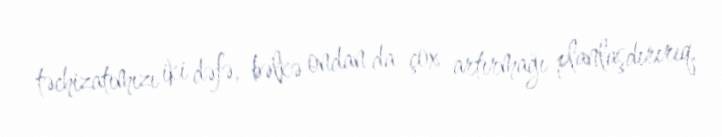
təchizatımızı iki dəfə, bəlkə ondan da çox artırmağı planlaşdırırıq.